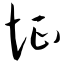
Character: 怔